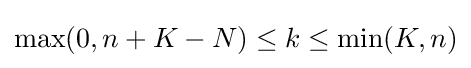
\max(0,n+K-N)\leq k\leq \min(K,n)